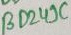
Text: BD249C